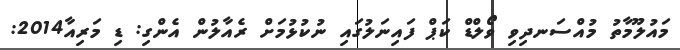
މައުލޫމާތު މުއްސަނދިވި ވޯލްޑް ކަޕް ފައިނަލުގައި ނުކުޅުމަށް ރެއާލުން އެންގި: ޑި މަރިއާ2014: